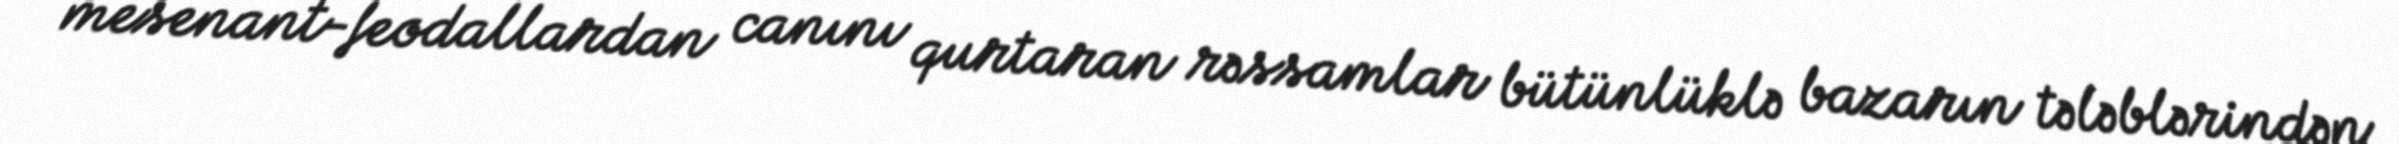
mesenant-feodallardan canını qurtaran rəssamlar bütünlüklə bazarın tələblərindən